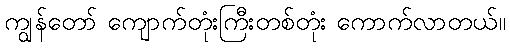
ကျွန်တော် ကျောက်တုံးကြီးတစ်တုံး ကောက်လာတယ်။